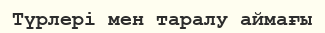
Түрлері мен таралу аймағы